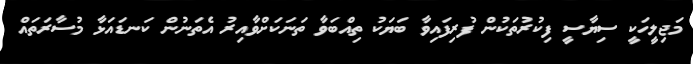
މަޖިލީހަކީ ސިޔާސީ ފިކުރުތަކުން ފުރިފައިވާ ބަޔަކު ތިއްބަވާ ތަނަކަށްވާއިރު އެތަނުން ކަނޑައަޅާ މުސާރަތައް